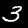
Label: 3